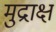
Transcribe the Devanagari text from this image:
मुद्राक्ष